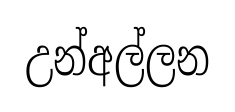
උන්අල්ලන